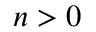
n > 0